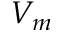
V _ { m }